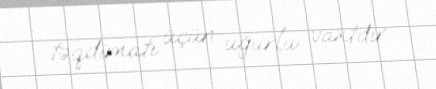
təqdimatı üçün uğurlu vaxtdır.